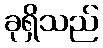
ခုရှိသည်